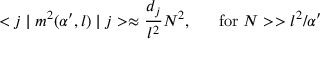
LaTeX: < j \mid m ^ { 2 } ( \alpha ^ { \prime } , l ) \mid j > \approx \frac { d _ { j } } { l ^ { 2 } } N ^ { 2 } , \; \; \; \; \; \; \mathrm { f o r } \; N > > l ^ { 2 } / \alpha ^ { \prime }